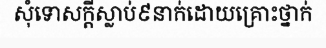
សុំទោសក្តីស្លាប់៩នាក់ដោយគ្រោះថ្នាក់